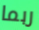
ربما